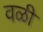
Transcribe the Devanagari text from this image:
वळी